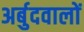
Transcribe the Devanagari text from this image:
अर्बुदवालों